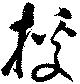
援